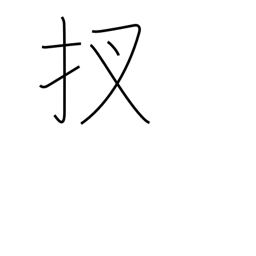
Meaning: now